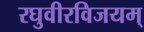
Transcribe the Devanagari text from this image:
रघुवीरविजयम्